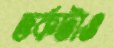
তর্কটাও